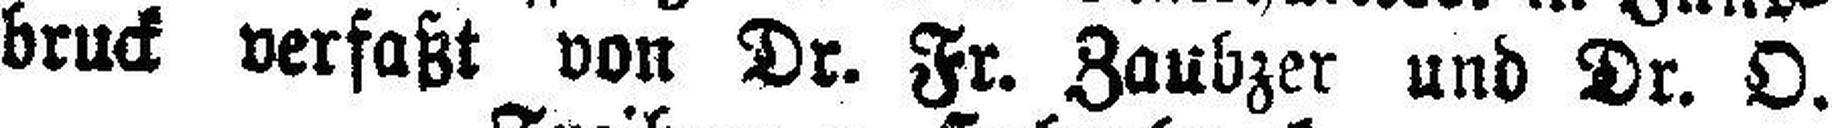
bruck verfaßt von Dr. Fr. Zaubzer und Dr. O.